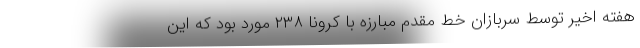
هفته اخیر توسط سربازان خط مقدم مبارزه با کرونا ۲۳۸ مورد بود که این